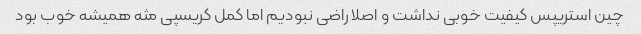
چین استریپس کیفیت خوبی نداشت و اصلا راضی نبودیم اما کمل کریسپی مثه همیشه خوب بود